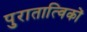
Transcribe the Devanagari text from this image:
पुरातात्विकों